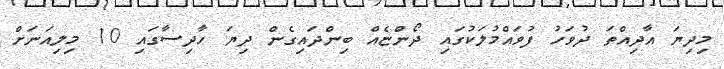
މިދިޔަ އާދިއްތަ ދުވަހު ފުވައްމުލަކުގައި ދޯންޏެއް ބިންދައިގެން ދިޔަ ހާދިސާގައި 10 މިލިއަނަށް